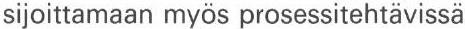
sijoittamaan myös prosessitehtävissä